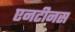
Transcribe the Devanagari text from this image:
एनटीनस